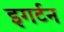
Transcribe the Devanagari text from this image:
इगर्टन